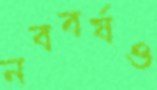
নববর্ষও